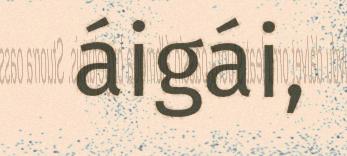
áigái,